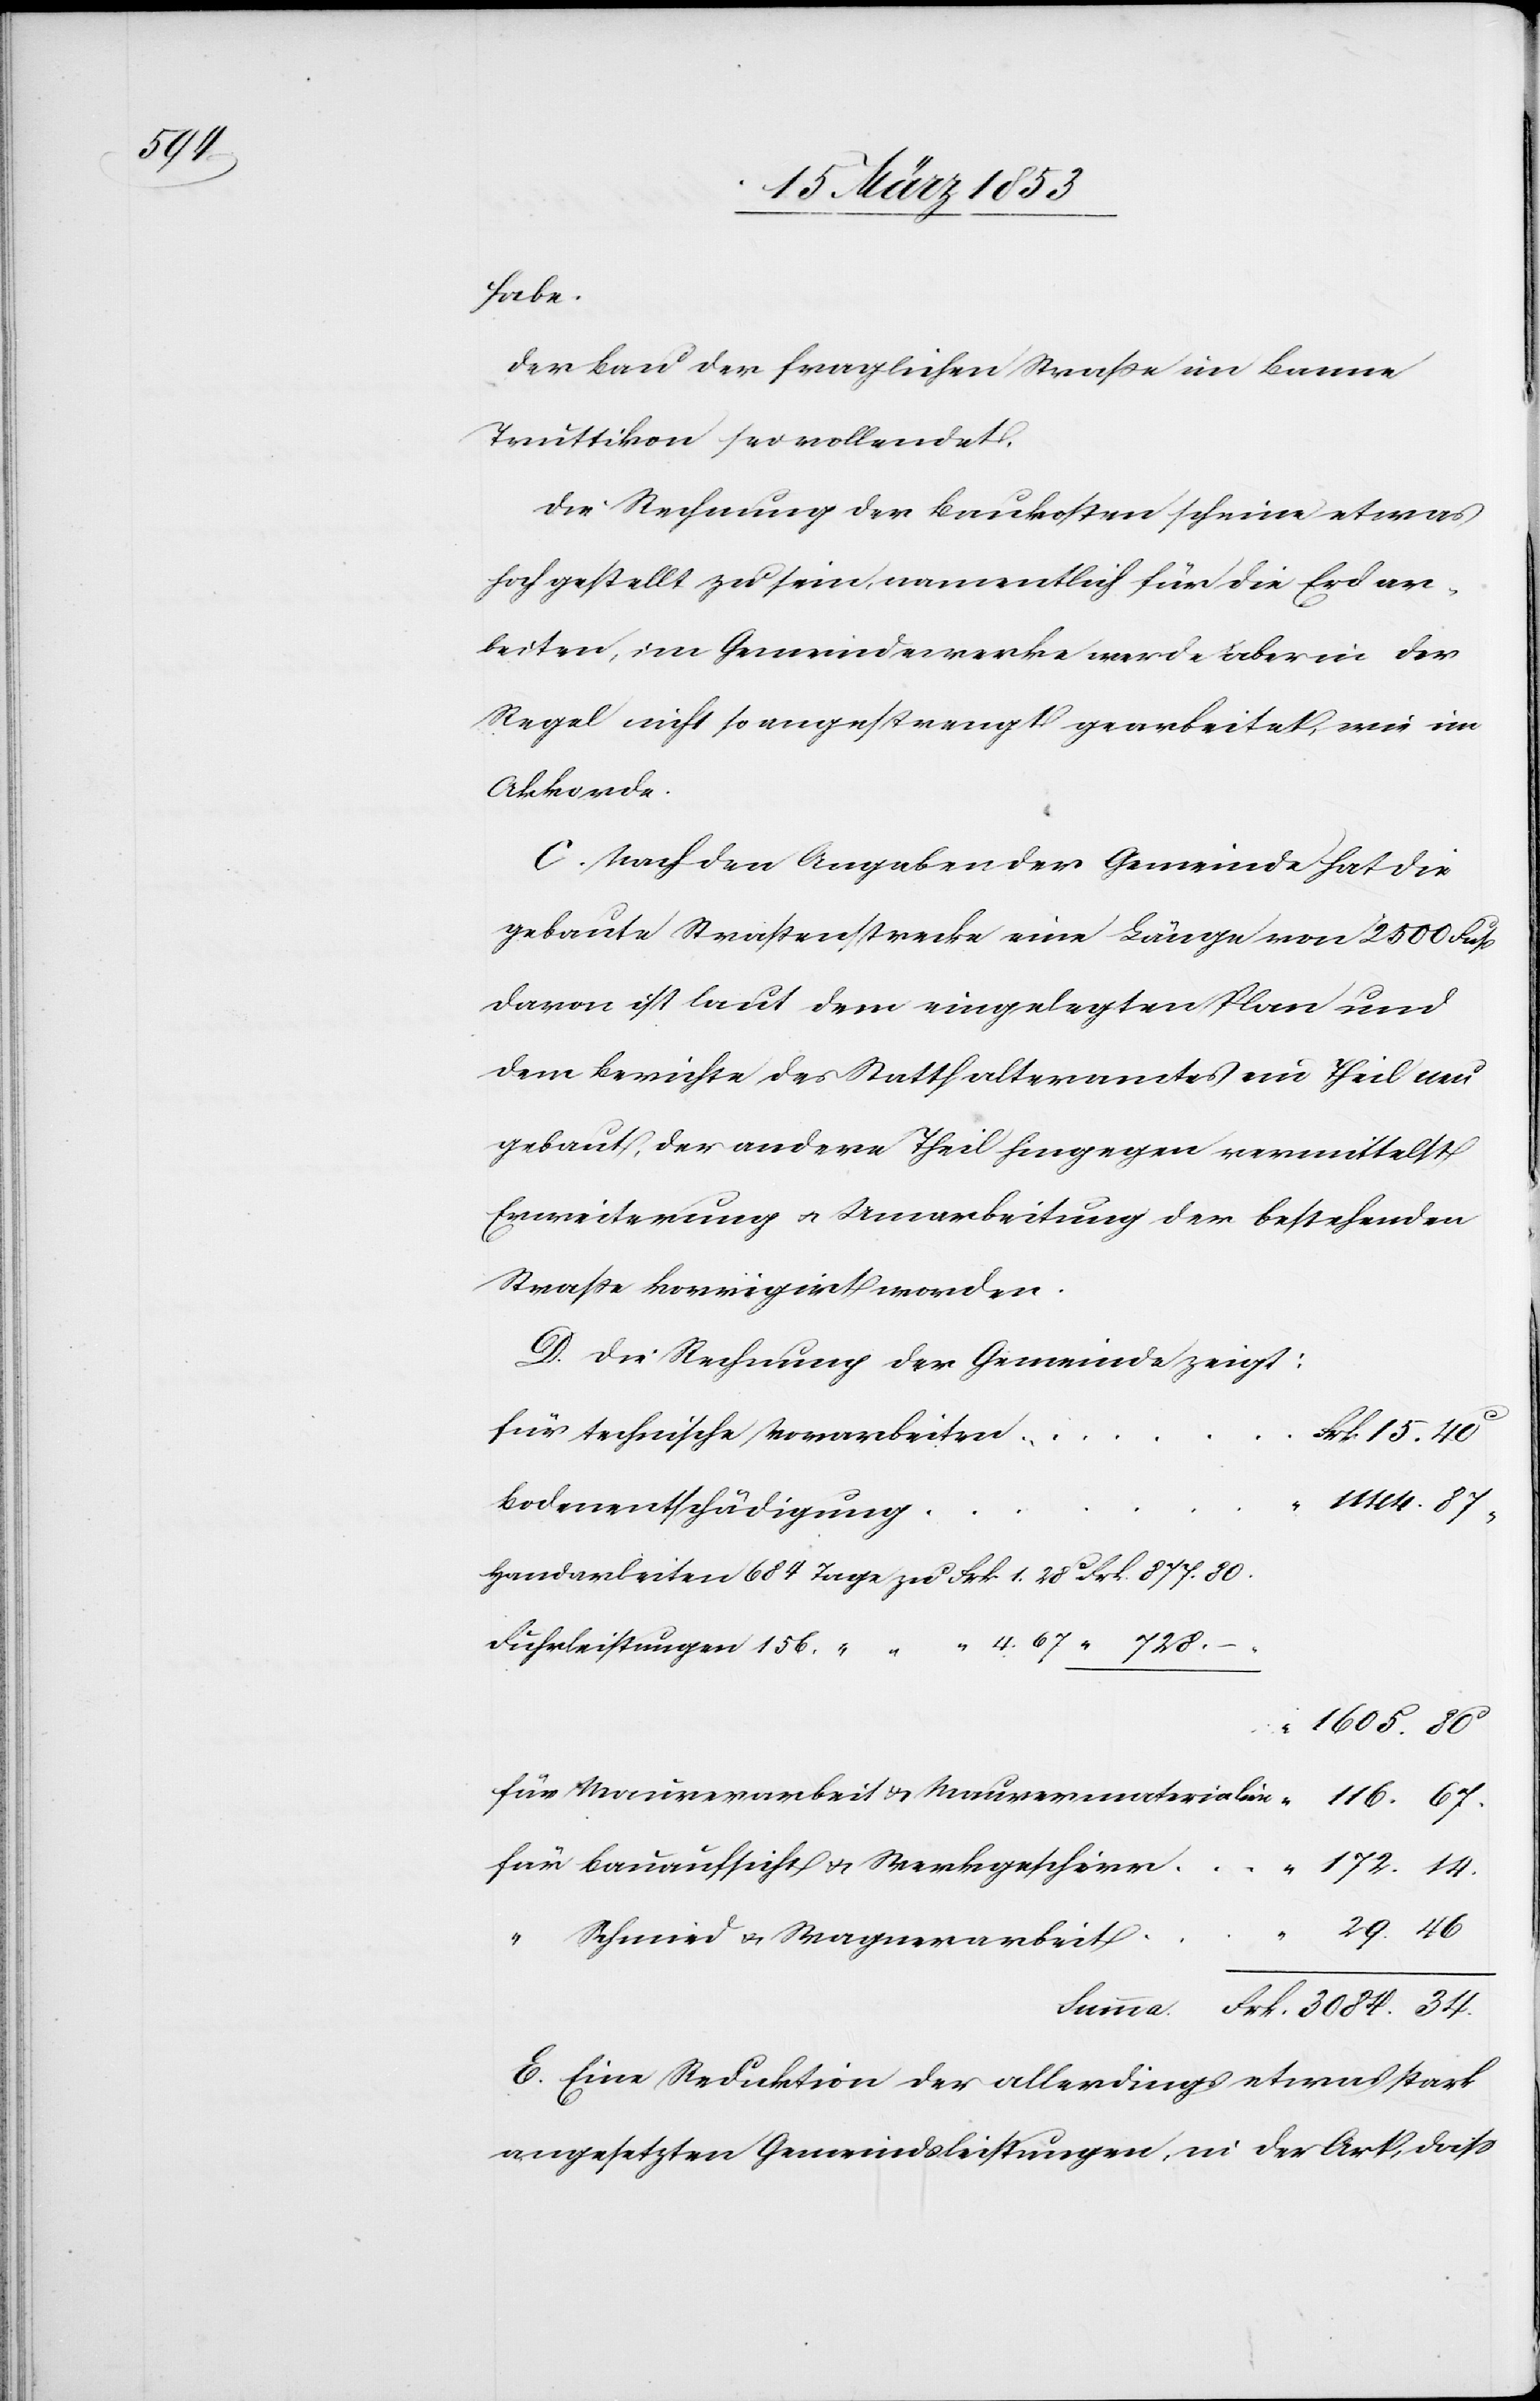
34

habe.
Der Bau der fraglichen Straße im Banne
Truttikon sei vollendet.
Die Rechnung der Baukosten scheine etwas
hoch gestellt zu sein, namentlich für die Erdar¬
beiten, im Gemeindewerke werde aber in der
Regel nicht so angestrengt gearbeitet, wie im
Akkorde.
C. Nach der Angaben der Gemeinde hat die
gebaute Straßenstrecke eine Länge von 2500 Fuß
davon ist laut dem eingelegten Plane und
dem Berichte des Statthalteramtes ein Theil um¬
gebaut, der andere Theil hingegen vermittelst
Erweiterung u. Umarbeitung der bestehenden
Straße korrigirt worden.
D. Die Rechnung der Gemeinde zeigt:
rk. 15.40
für technische Vorarbeite¬
Handarbeiten 	684 Tage zu Frk. 1. 28 c Frk. 877. 80.
Fuhrleistungen 156	“	 4.
1605. 80
für Maurerarbeit u. Maurermaterialien					 “ 116. 67.
für Bauaufsicht u. Werkgeschirr					 “ 172. 14.
29. 46.
E. Eine Reduktion der allerdings etwas stark
angesetzten Gemeindsleistungen in der Art, daß